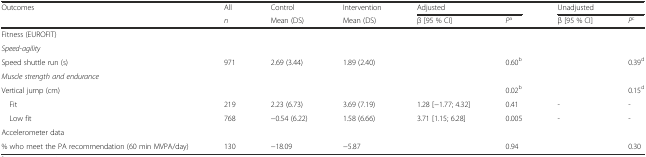
<table><thead><tr><td><b>Outcomes</b></td><td><b>All</b></td><td><b>Control</b></td><td><b>Intervention</b></td><td colspan="2"><b>Adjusted</b></td><td colspan="2"><b>Unadjusted</b></td></tr><tr><td></td><td><b><i>n</i></b></td><td><b>Mean (DS)</b></td><td><b>Mean (DS)</b></td><td><b>β [95 % CI]</b></td><td><b><i>P</i><sup>a</sup></b></td><td><b>β [95 % CI]</b></td><td><b><i>P</i><sup>c</sup></b></td></tr></thead><tbody><tr><td>Fitness (EUROFIT)</td><td></td><td></td><td></td><td></td><td></td><td></td><td></td></tr><tr><td><i>Speed</i>-<i>agility</i></td><td></td><td></td><td></td><td></td><td></td><td></td><td></td></tr><tr><td>Speed shuttle run (s)</td><td>971</td><td>2.69 (3.44)</td><td>1.89 (2.40)</td><td></td><td>0.60<sup>b</sup></td><td></td><td>0.39<sup>d</sup></td></tr><tr><td><i>Muscle strength and endurance</i></td><td></td><td></td><td></td><td></td><td></td><td></td><td></td></tr><tr><td>Vertical jump (cm)</td><td></td><td></td><td></td><td></td><td>0.02<sup>b</sup></td><td></td><td>0.15<sup>d</sup></td></tr><tr><td> Fit</td><td>219</td><td>2.23 (6.73)</td><td>3.69 (7.19)</td><td>1.28 [−1.77; 4.32]</td><td>0.41</td><td>-</td><td>-</td></tr><tr><td> Low fit</td><td>768</td><td>−0.54 (6.22)</td><td>1.58 (6.66)</td><td>3.71 [1.15; 6.28]</td><td>0.005</td><td>-</td><td>-</td></tr><tr><td>Accelerometer data</td><td></td><td></td><td></td><td></td><td></td><td></td><td></td></tr><tr><td>% who meet the PA recommendation (60 min MVPA/day)</td><td>130</td><td>−18.09</td><td>−5.87</td><td></td><td>0.94</td><td></td><td>0.30</td></tr></tbody></table>